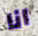
انا